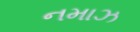
નમાઝ